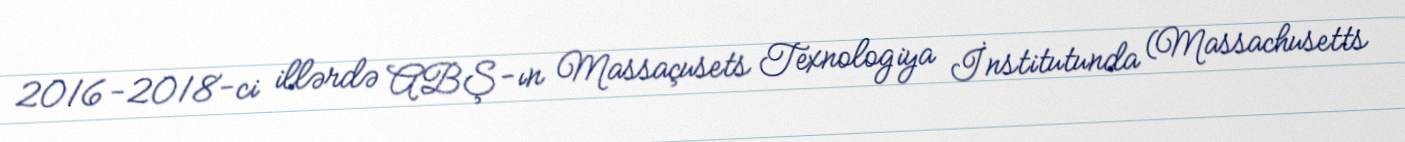
2016-2018-ci illərdə ABŞ-ın Massaçusets Texnologiya İnstitutunda (Massachusetts